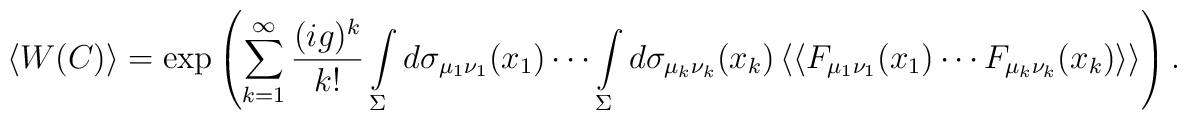
\left<W(C)\right>=\exp\left(\sum\limits_{k=1}^{\infty}\frac{(ig)^k}{k!}\int\limits_\Sigma^{}d\sigma_{\mu_1\nu_1}(x_1)\cdots\int\limits_\Sigma^{}d\sigma_{\mu_k\nu_k}(x_k)\left<\left<F_{\mu_1\nu_1}(x_1)\cdots F_{\mu_k\nu_k}(x_k)\right>\right>\right).